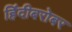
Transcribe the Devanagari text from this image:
हिंदीबरोबर